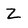
Character: z